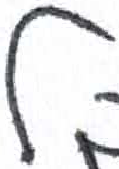
אות: ל